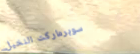
سوبرماركت النخيل